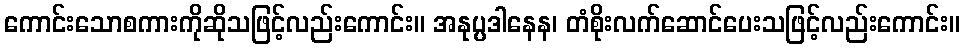
ကောင်းသောစကားကိုဆိုသဖြင့်လည်းကောင်း။ အနုပ္ပဒါနေန၊ တံစိုးလက်ဆောင်ပေးသဖြင့်လည်းကောင်း။